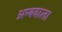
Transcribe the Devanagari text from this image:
अम्बवाला